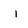
Character: i